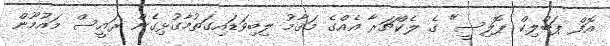
އޮފް ޕަބްލިކް ޕޮލިސީ" ގެ ލެކްޗަރާ އެއްގެ މަޤާމު ލިބިވަޑައިގަތުމާގުޅިގެން ރައީސް މައުމޫން